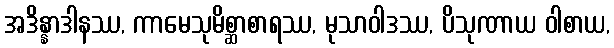
အဒိန္နာဒါနဿ, ကာမေသုမိစ္ဆာစာရဿ, မုသာဝါဒဿ, ပိသုဏာယ ဝါစာယ,